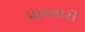
માનનારી